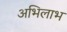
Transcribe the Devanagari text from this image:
अभिलाभ